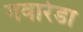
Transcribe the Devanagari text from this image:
गवारेडा